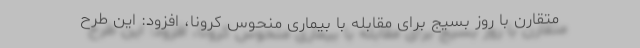
متقارن با روز بسیج برای مقابله با بیماری منحوس کرونا، افزود: این طرح